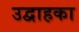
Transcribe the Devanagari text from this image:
उद्वाहका